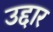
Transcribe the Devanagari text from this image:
उद्दार